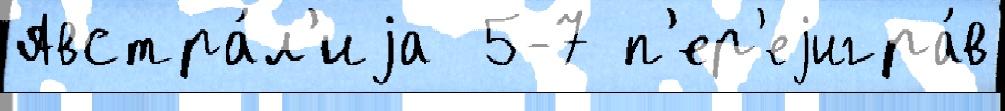
Австра́л'иjа  5-7 п'ер'еjигра́в